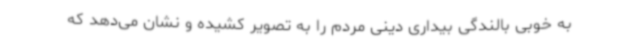
به خوبی بالندگی بیداری دینی مردم را به تصویر کشیده و نشان می‌دهد که